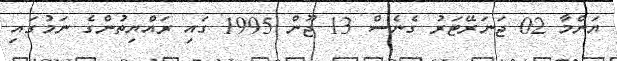
ޔަންމާ 02 ޖަނަރޭޓަރު ގެނެސް 13 ޖޫން 1995 ގައި ރައްޔިތުންގެ ނަމުގައި